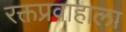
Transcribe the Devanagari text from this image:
रक्तप्रवाहाला